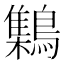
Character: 𪆐